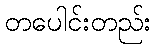
တပေါင်းတည်း